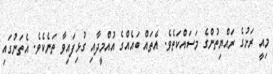
މިއީ ރަށުގެ ރައްޔިތުންގެ މަސައްކަތެވެ. އެތައް ބައެއްގެ އުއްމީދާއި ގުޅިފައިވާ ތަނެކެވެ. އެތަނުގައި